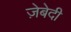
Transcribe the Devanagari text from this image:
ज़ेबेदी